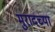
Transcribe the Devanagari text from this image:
मुरादच्या